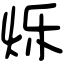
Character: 烁